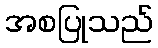
အစပြုသည်